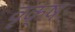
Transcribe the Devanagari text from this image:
वृक्षः